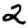
Digit: 2